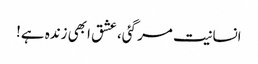
انسانیت مر گئی، عشق ابھی زندہ ہے!